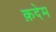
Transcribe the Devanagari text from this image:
क़देम